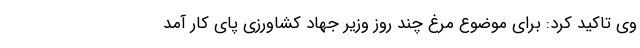
وی تاکید کرد: برای موضوع مرغ چند روز وزیر جهاد کشاورزی پای کار آمد